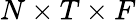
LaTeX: N\times T\times F